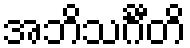
အဘိသင်္ဂီတိ